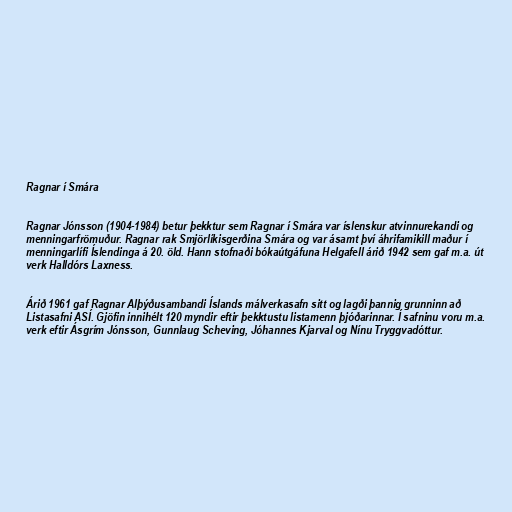
Ragnar í Smára

Ragnar Jónsson (1904-1984) betur þekktur sem Ragnar í Smára var íslenskur atvinnurekandi og
menningarfrömuður. Ragnar rak Smjörlíkisgerðina Smára og var ásamt því áhrifamikill maður í
menningarlífi Íslendinga á 20. öld. Hann stofnaði bókaútgáfuna Helgafell árið 1942 sem gaf m.a. út
verk Halldórs Laxness.

Árið 1961 gaf Ragnar Alþýðusambandi Íslands málverkasafn sitt og lagði þannig grunninn að
Listasafni ASÍ. Gjöfin innihélt 120 myndir eftir þekktustu listamenn þjóðarinnar. Í safninu voru m.a.
verk eftir Ásgrím Jónsson, Gunnlaug Scheving, Jóhannes Kjarval og Nínu Tryggvadóttur.